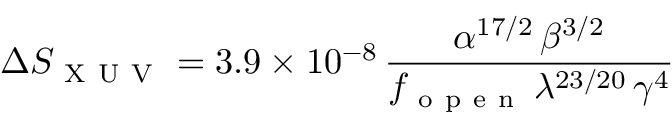
\Delta S _ { \mathrm { ~ X ~ U ~ V ~ } } = 3 . 9 \times 1 0 ^ { - 8 } \, \frac { \alpha ^ { 1 7 / 2 } \, \beta ^ { 3 / 2 } } { f _ { \mathrm { ~ o ~ p ~ e ~ n ~ } } \, \lambda ^ { 2 3 / 2 0 } \, \gamma ^ { 4 } }